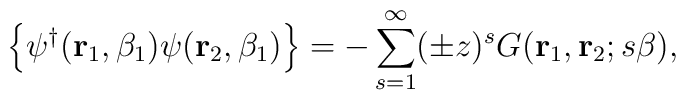
\left\{ \psi^\dagger({\bf r}_1,\beta_1) \psi({\bf r}_2,\beta_1) \right\}= -\sum_{s=1}^\infty (\pm z)^s G({\bf r}_1,{\bf r}_2; s\beta),